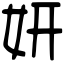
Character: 妍